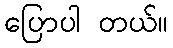
ပြောပါ တယ်။